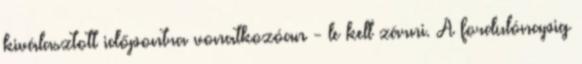
kiválasztott időpontra vonatkozóan - le kell zárni. A fordulónapig